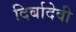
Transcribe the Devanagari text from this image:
दिर्बादेवी